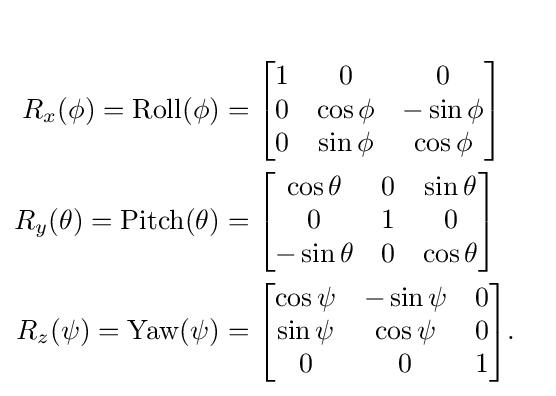
{\begin{aligned}\\R_{x}(\phi )=\mathrm {Roll} (\phi )&={\begin{bmatrix}1&0&0\\0&\cos \phi &-\sin \phi \\0&\sin \phi &\cos \phi \end{bmatrix}}\\R_{y}(\theta )=\mathrm {Pitch} (\theta )&={\begin{bmatrix}\cos \theta &0&\sin \theta \\0&1&0\\-\sin \theta &0&\cos \theta \end{bmatrix}}\\R_{z}(\psi )=\mathrm {Yaw} (\psi )&={\begin{bmatrix}\cos \psi &-\sin \psi &0\\\sin \psi &\cos \psi &0\\0&0&1\end{bmatrix}}.\end{aligned}}